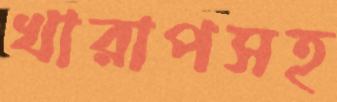
খারাপসহ